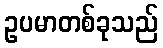
ဥပမာတစ်ခုသည်